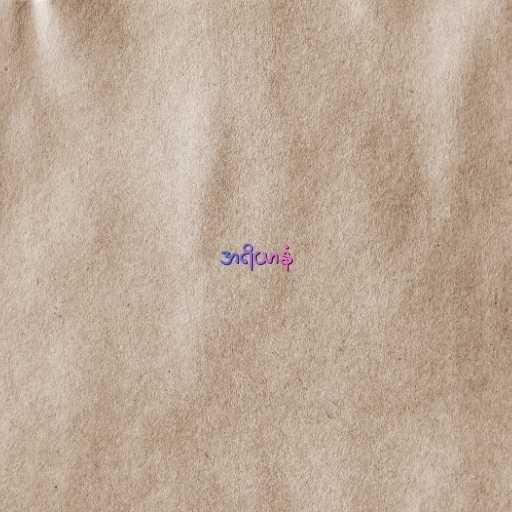
အရိယာနံ